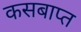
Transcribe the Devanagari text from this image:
कसबाप्त